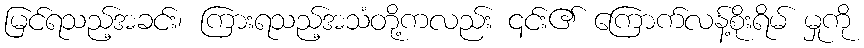
မြင်ရသည့်အခင်း၊ ကြားရသည့်အသံတို့ကလည်း ၎င်း၏ ကြောက်လန့်စိုးရိမ် မှုကို